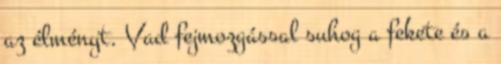
az élményt. Vad fejmozgással suhog a fekete és a